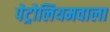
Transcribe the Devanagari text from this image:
पेट्रोलियमवाला